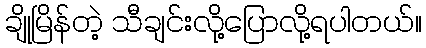
ချိုမြိန်တဲ့ သီချင်းလို့ပြောလို့ရပါတယ်။